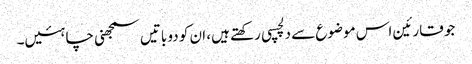
جو قارئین اس موضوع سے دلچسپی رکھتے ہیں، ان کو دو باتیں سمجھنی چاہئیں۔